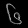
Digit: ၆